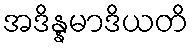
အဒိန္နမာဒိယတိ